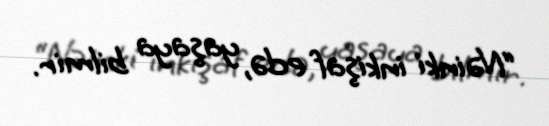
“Nəinki inkişaf edə, yaşaya bilmir.